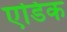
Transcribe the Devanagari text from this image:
एडिक